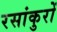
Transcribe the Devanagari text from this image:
रसांकुरों